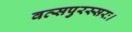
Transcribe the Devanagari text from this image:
वत्सपुरस्सरः।